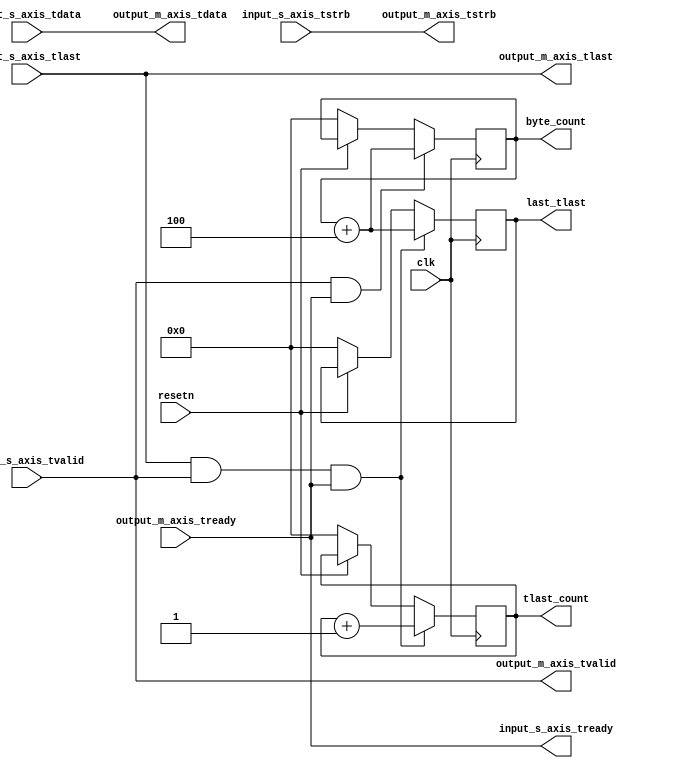

module streamcounter #
  (
    parameter integer C_AXIS_BYTEWIDTH = 4
  )
  (
    // Clock
    input clk,
    input resetn,
  
    // Input stream
    input wire  input_s_axis_tvalid,
    input wire [(C_AXIS_BYTEWIDTH*8)-1: 0] input_s_axis_tdata,
    input wire [C_AXIS_BYTEWIDTH-1: 0] input_s_axis_tstrb,
    input wire  input_s_axis_tlast,
    output wire  input_s_axis_tready,
  
    // Output stream
    output wire  output_m_axis_tvalid,
    output wire [(C_AXIS_BYTEWIDTH*8)-1: 0] output_m_axis_tdata,
    output wire [C_AXIS_BYTEWIDTH-1: 0] output_m_axis_tstrb,
    output wire  output_m_axis_tlast,
    input wire  output_m_axis_tready,
  
    // Report registers
    output reg [31:0] byte_count,
    output reg [31:0] tlast_count,
    output reg [31:0] last_tlast
  );

  always @(posedge clk) begin
    if (~resetn) begin
      byte_count <= 0;
      tlast_count <= 0;
      last_tlast <= 0;
    end

    // Byte counter
    if(input_s_axis_tvalid & output_m_axis_tready) begin
      byte_count <= byte_count + C_AXIS_BYTEWIDTH;
    end

    // TLAST counter
    if(input_s_axis_tlast & input_s_axis_tvalid & output_m_axis_tready) begin
      tlast_count <= tlast_count + 1;
      last_tlast <= byte_count + C_AXIS_BYTEWIDTH; // Include the current beat
    end
  end


  // No data injection for now, just passthrough and monitor
  assign output_m_axis_tvalid = input_s_axis_tvalid;
  assign input_s_axis_tready = output_m_axis_tready;
  assign output_m_axis_tdata = input_s_axis_tdata;
  assign output_m_axis_tstrb = input_s_axis_tstrb;
  assign output_m_axis_tlast = input_s_axis_tlast;

endmodule